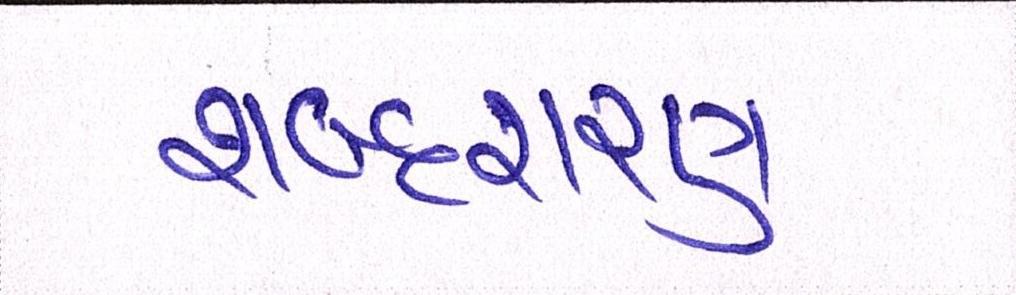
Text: શબ્દશરણ